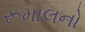
રૂમાલનો